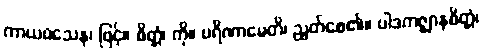
ကာယဝသေန၊ ဖြင့်။ စိတ္တံ၊ ကို။ ပရိဏာမေတိ၊ ညွတ်စေ၏။ ပါဒကဇ္ဈာနစိတ္တံ၊